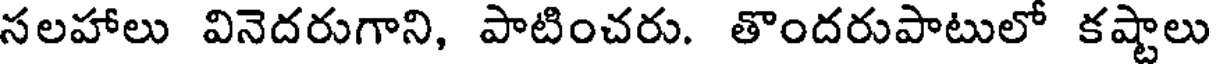
సలహాలు వినెదరుగాని, పాటించరు. తొందరుపాటులో కష్టాలు